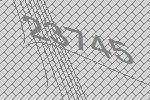
23745